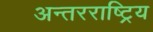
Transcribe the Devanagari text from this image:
अन्तरराष्ट्रिय